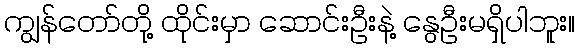
ကျွန်တော်တို့ ထိုင်းမှာ ဆောင်းဦးနဲ့ နွေဦးမရှိပါဘူး။